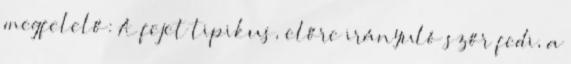
megfelelő: A fejet tipikus, előre irányuló szőr fedi, a